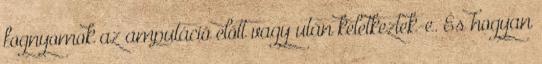
fognyomok az amputáció előtt vagy után keletkeztek-e. És hogyan